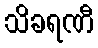
သိခရဏီ